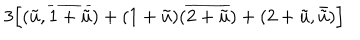
LaTeX: 3 \Bigl [ ( \tilde { u } , \overline { { { 1 + \tilde { u } } } } ) + ( 1 + \tilde { u } ) ( \overline { { { 2 + \tilde { u } } } } ) + ( 2 + \tilde { u } , \bar { \tilde { u } } ) \Bigr ]